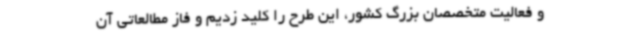
و فعالیت متخصصان بزرگ کشور، این طرح را کلید زدیم و فاز مطالعاتی آن